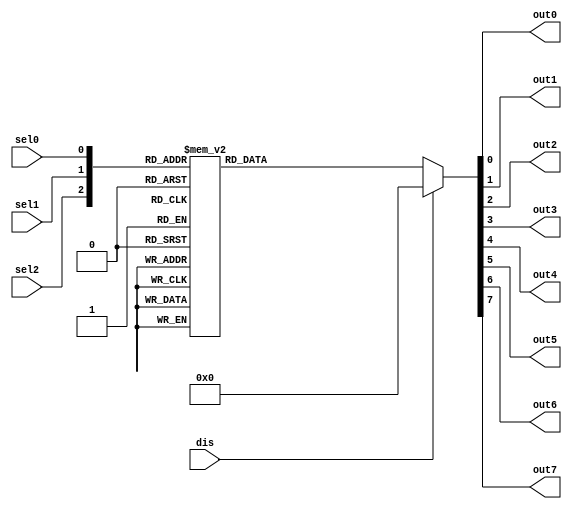
// This program was cloned from: https://github.com/lvyitian/public_personal_files
// License: Creative Commons Zero v1.0 Universal

module TC_Decoder3 (dis, sel0, sel1, sel2, out0, out1, out2, out3, out4, out5, out6, out7);
    parameter UUID = 0;
    parameter NAME = "";
    input dis;
    input sel0;
    input sel1;
    input sel2;
    output reg out0;
    output reg out1;
    output reg out2;
    output reg out3;
    output reg out4;
    output reg out5;
    output reg out6;
    output reg out7;

    always @ (dis or sel2 or sel1 or sel0)
    begin
        case({dis, sel2, sel1, sel0})
        4'b0000 : {out7, out6, out5, out4, out3, out2, out1, out0} = 8'b0000_0001;
        4'b0001 : {out7, out6, out5, out4, out3, out2, out1, out0} = 8'b0000_0010;
        4'b0010 : {out7, out6, out5, out4, out3, out2, out1, out0} = 8'b0000_0100;
        4'b0011 : {out7, out6, out5, out4, out3, out2, out1, out0} = 8'b0000_1000;
        4'b0100 : {out7, out6, out5, out4, out3, out2, out1, out0} = 8'b0001_0000;
        4'b0101 : {out7, out6, out5, out4, out3, out2, out1, out0} = 8'b0010_0000;
        4'b0110 : {out7, out6, out5, out4, out3, out2, out1, out0} = 8'b0100_0000;
        4'b0111 : {out7, out6, out5, out4, out3, out2, out1, out0} = 8'b1000_0000;
        default : {out7, out6, out5, out4, out3, out2, out1, out0} = 8'b0000_0000;
        endcase
    end 
endmodule